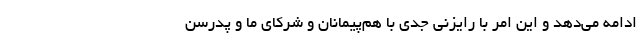
ادامه می‌دهد و این امر با رایزنی جدی با هم‌پیمانان و شرکای ما و پدرسن